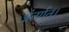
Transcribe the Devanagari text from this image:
अंतर्गत।